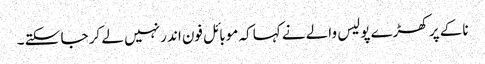
ناکے پر کھڑے پولیس والے نے کہا کہ موبائل فون اندر نہیں لے کر جا سکتے ۔